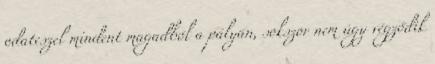
odateszel mindent magadból a pályán, sokszor nem úgy végződik